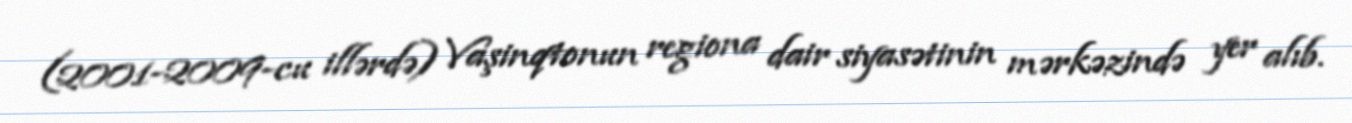
(2001-2009-cu illərdə) Vaşinqtonun regiona dair siyasətinin mərkəzində yer alıb.